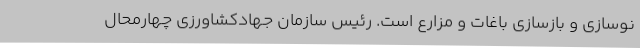
نوسازی و بازسازی باغات و مزارع است. رئیس سازمان جهادکشاورزی چهارمحال